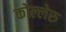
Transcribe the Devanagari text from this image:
कोल्लेरु